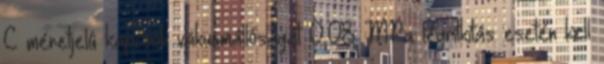
C méretjelû kapcsok vákuumállóságát 0,08 MPa légritkítás esetén kell